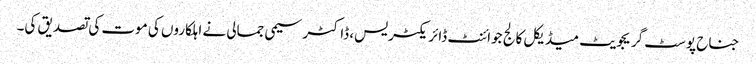
جناح پوسٹ گریجویٹ میڈیکل کالج جوائنٹ ڈائریکٹر یس، ڈاکٹر سیمی جمالی نے اہلکاروں کی موت کی تصدیق کی۔